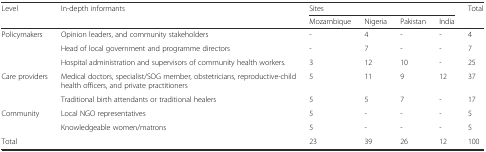
<table><thead><tr><td rowspan="2"><b>Level</b></td><td rowspan="2"><b>In-depth informants</b></td><td colspan="4"><b>Sites</b></td><td rowspan="2"><b>Total</b></td></tr><tr><td><b>Mozambique</b></td><td><b>Nigeria</b></td><td><b>Pakistan</b></td><td><b>India</b></td></tr></thead><tbody><tr><td rowspan="3">Policymakers</td><td>Opinion leaders, and community stakeholders</td><td>-</td><td>4</td><td>-</td><td>-</td><td>4</td></tr><tr><td>Head of local government and programme directors</td><td>-</td><td>7</td><td>-</td><td>-</td><td>7</td></tr><tr><td>Hospital administration and supervisors of community health workers.</td><td>3</td><td>12</td><td>10</td><td>-</td><td>25</td></tr><tr><td rowspan="2">Care providers</td><td>Medical doctors, specialist/SOG member, obstetricians, reproductive-child health officers, and private practitioners</td><td>5</td><td>11</td><td>9</td><td>12</td><td>37</td></tr><tr><td>Traditional birth attendants or traditional healers</td><td>5</td><td>5</td><td>7</td><td>-</td><td>17</td></tr><tr><td rowspan="2">Community</td><td>Local NGO representatives</td><td>5</td><td>-</td><td>-</td><td>-</td><td>5</td></tr><tr><td>Knowledgeable women/matrons</td><td>5</td><td>-</td><td>-</td><td>-</td><td>5</td></tr><tr><td colspan="2">Total</td><td>23</td><td>39</td><td>26</td><td>12</td><td>100</td></tr></tbody></table>